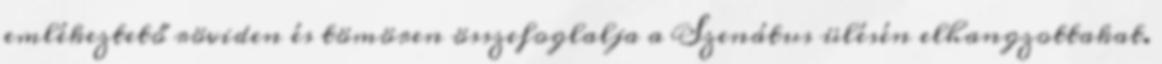
emlékeztető röviden és tömören összefoglalja a Szenátus ülésén elhangzottakat.